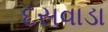
દસવાડા